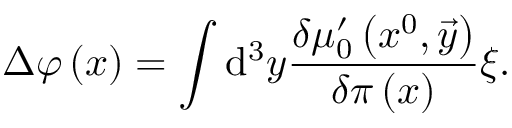
\Delta \varphi \left( x \right) = \int \mathrm { d } ^ { 3 } y \frac { \delta \mu _ { 0 } ^ { \prime } \left( x ^ { 0 } , \vec { y } \right) } { \delta \pi \left( x \right) } \xi .